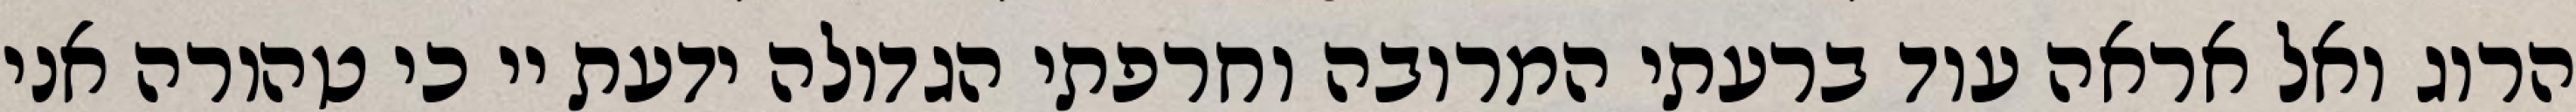
הרוג ואל אראה עוד ברעתי המרובה וחרפתי הגדולה ידעת יי כי טהורה אני